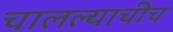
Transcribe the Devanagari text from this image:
चालल्याचीच